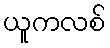
ယူကလစ်